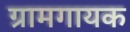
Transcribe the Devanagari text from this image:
ग्रामगायक